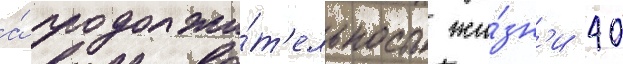
а́ продолжи́т'ельность жи́зн'и 40